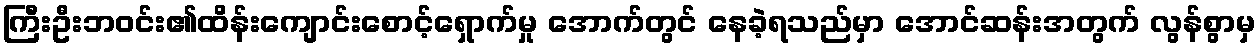
ကြီးဦးဘဝင်း၏ထိန်းကျောင်းစောင့်ရှောက်မှု အောက်တွင် နေခဲ့ရသည်မှာ အောင်ဆန်းအတွက် လွန်စွာမှ